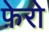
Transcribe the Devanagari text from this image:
फ़ेरो